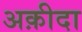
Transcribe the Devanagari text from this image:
अक़ीदा